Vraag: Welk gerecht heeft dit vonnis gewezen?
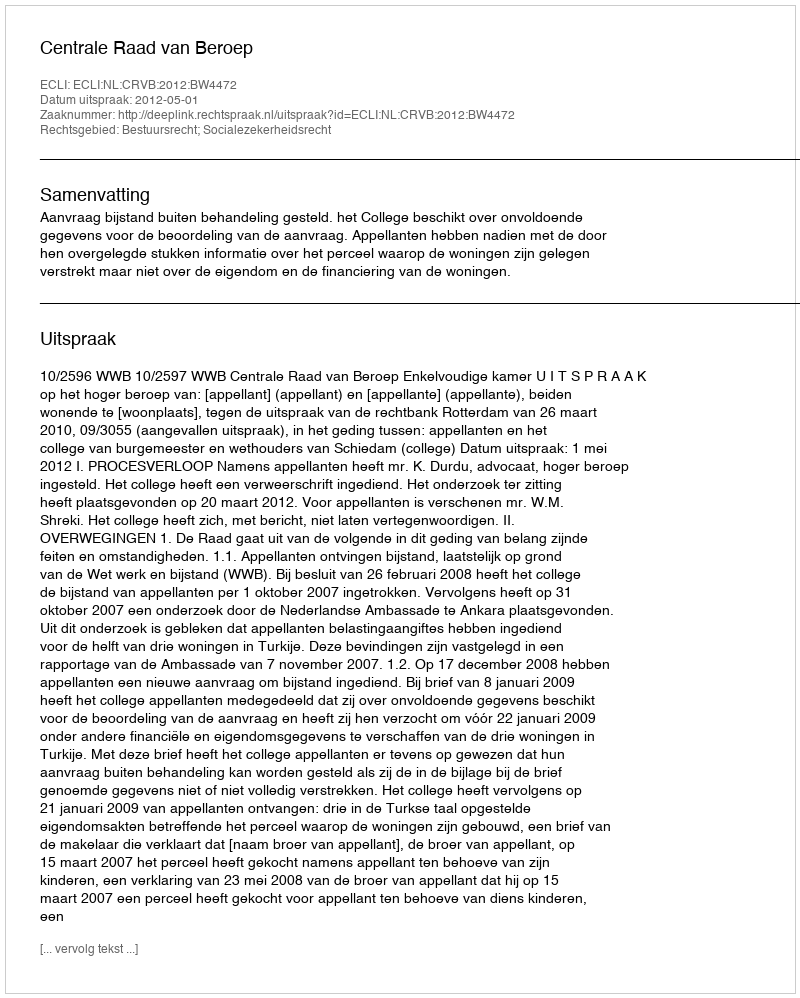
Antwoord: Centrale Raad van Beroep